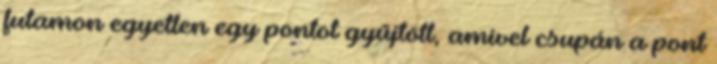
futamon egyetlen egy pontot gyűjtött, amivel csupán a pont